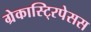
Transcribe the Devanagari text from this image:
ग्रेकास्टि्रपेसस